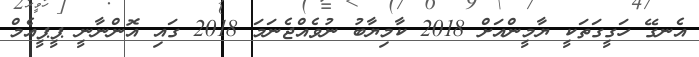
އެނގޭ ހަގީގަތަކީ ޔާމީންއަށް 2018 ކާމިޔާބު ނުވެއްޖެނަމަ 2018 ގައި އޮންނާނީ ޕީޕީއެމް